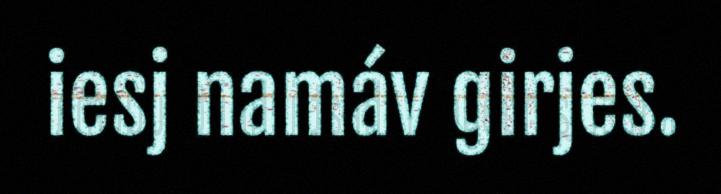
iesj namáv girjes.